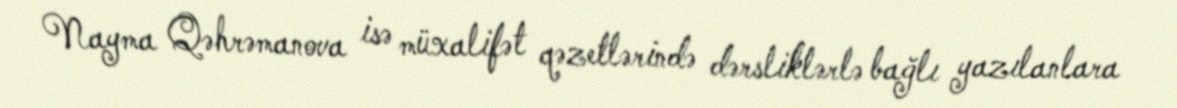
Nayma Qəhrəmanova isə müxalifət qəzetlərində dərsliklərlə bağlı yazılanlara